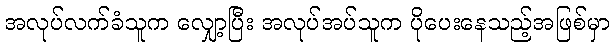
အလုပ်လက်ခံသူက လျှော့ပြီး အလုပ်အပ်သူက ပိုပေးနေသည့်အဖြစ်မှာ